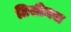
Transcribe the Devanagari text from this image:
टिसीमस